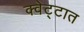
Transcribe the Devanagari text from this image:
क्वेट्टात